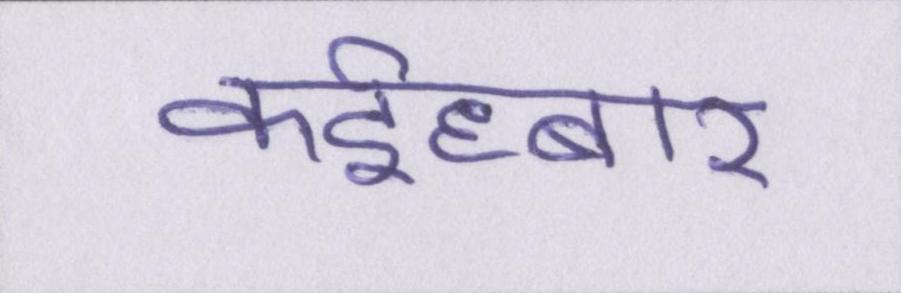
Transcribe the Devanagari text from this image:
कईघ्बार